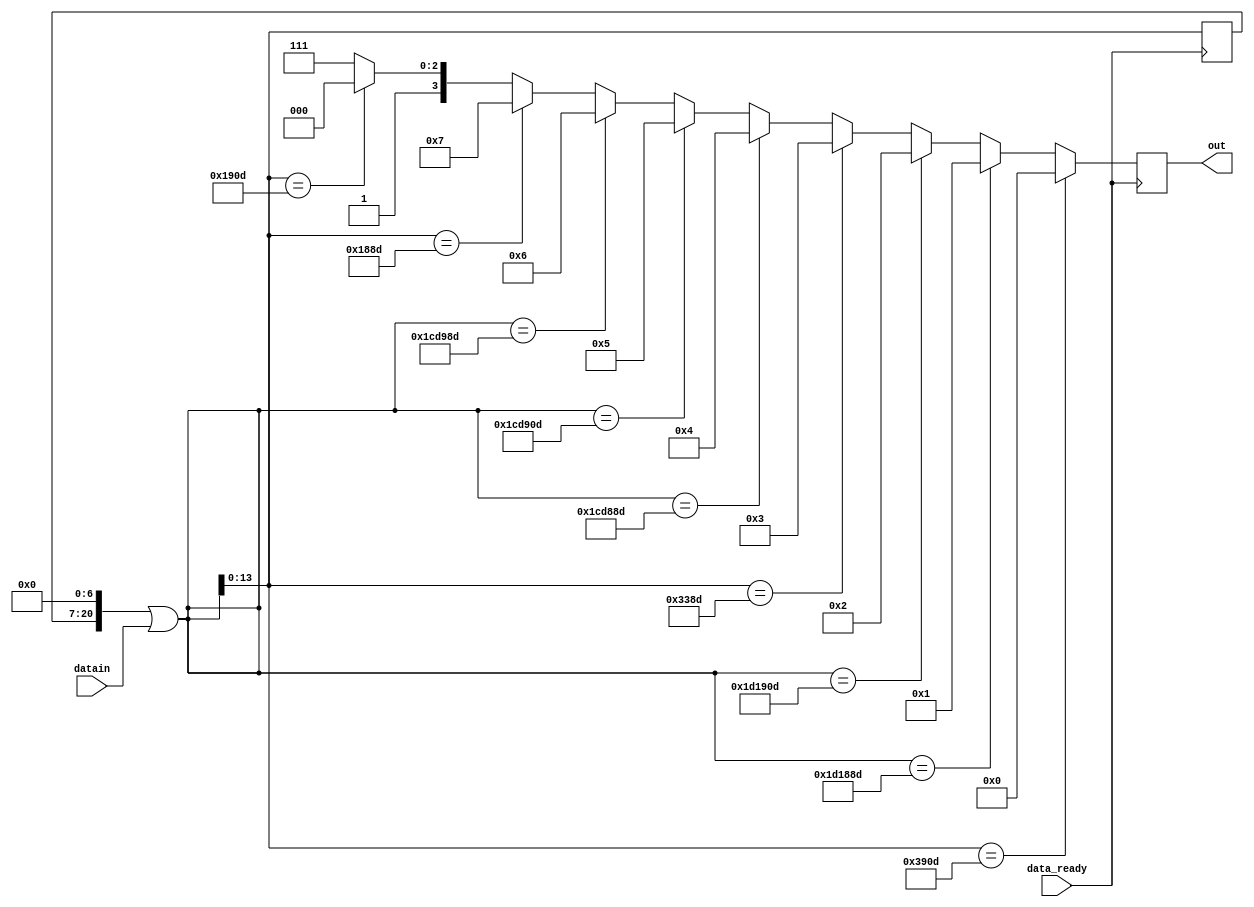
`timescale 1ns / 1ps
//////////////////////////////////////////////////////////////////////////////////
// Company: 
// Engineer: 
// 
// Design Name: 
// Module Name: data_log
// Project Name: 
// Target Devices: 
// Tool Versions: 
// Description: 
// 
// Dependencies: 
// 
// Revision:
// Revision 0.01 - File Created
// Additional Comments:
// 
//////////////////////////////////////////////////////////////////////////////////


module data_log(input [6:0] datain, input data_ready,  output reg [3:0] out);
parameter 
 r = 14'b11100100001101, 
t1 = 21'b111010001100010001101, 
t2 = 21'b111010001100100001101, 
 g = 14'b11001110001101,
s1 = 21'b111001101100010001101, 
s2 = 21'b111001101100100001101, 
s3 = 21'b111001101100110001101, 
one= 14'b01100010001101, 
two= 14'b01100100001101;          

reg [20:0] data;


always @(posedge data_ready)
    begin
    data = data << 7| datain;
    
    if(data[13:0] == r) out = 4'b0000;
    else if(data[20:0] == t1) out = 4'b0001;  
    else if(data[20:0] == t2) out = 4'b0010;
    else if(data[13:0] == g)  out = 4'b0011;
    else if(data[20:0] == s1) out = 4'b0100;
    else if(data[20:0] == s2) out = 4'b0101;
    else if(data[20:0] == s3) out = 4'b0110;
    else if(data[13:0] == one) out = 4'b0111;
    else if(data[13:0] == two) out = 4'b1000;
    else out = 4'b1111;
    end
endmodule